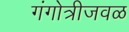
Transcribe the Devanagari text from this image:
गंगोत्रीजवळ